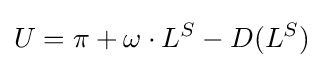
U=\pi +\omega \cdot L^{S}-D(L^{S})